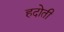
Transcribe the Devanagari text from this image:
हदोती